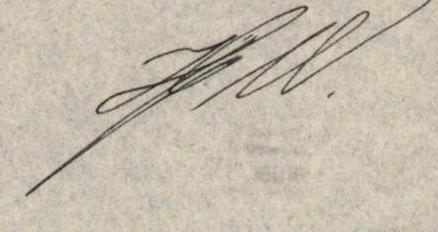
J. W.